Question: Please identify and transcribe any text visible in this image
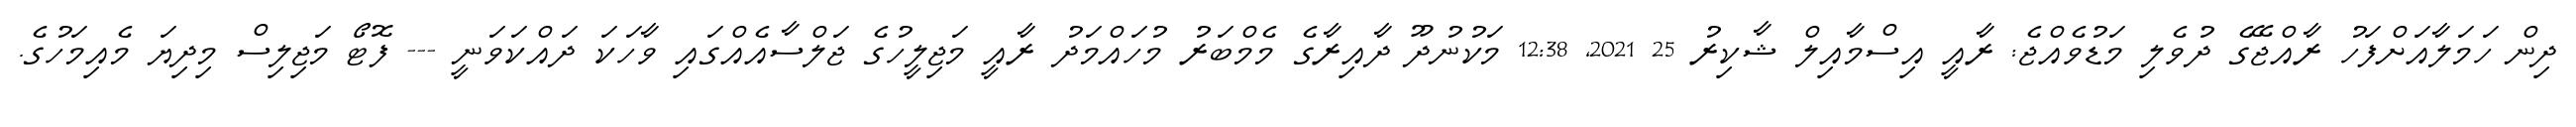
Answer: ދިން ހަމަލާއަށްފަހު ރާއްޖޭގެ ދުވެލި މަޑުވެއްޖެ: ރާއީ އިސްމާއިލް ޝާކިރު 25 2021, 12:38 މަކުނުދޫ ދާއިރާގެ މެމްބަރު މުހައްމަދު ރާއީ މަޖިލީހުގެ ޖަލްސާއެއްގައި ވާހަކަ ދައްކަވަނީ --- ފޮޓޯ މަޖިލިސް މިދިޔަ މެއިމަހުގެ.